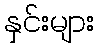
နှင်းများ